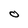
Character: 0